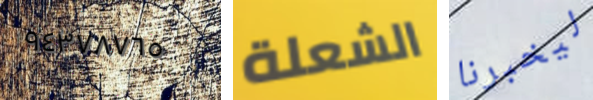
٩٤٣٧٨٧٦٥ الشعلة ليخبرنا